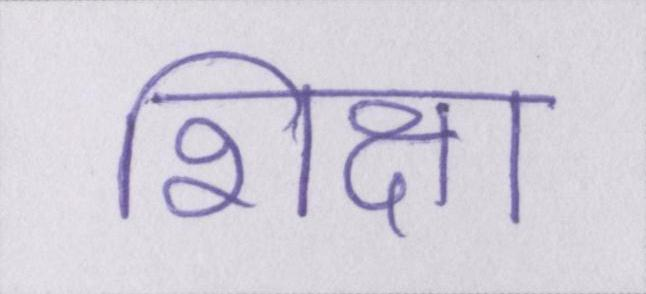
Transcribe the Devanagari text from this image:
शिक्षा